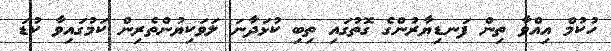
ހުކުމް އިއްވާ ތިން ފަނޑިޔާރުންގެ ގޮތުގައި ތިބި ކުޅަދާނަ ލަވަކިޔުންތެރިން ކަމުގައިވާ ކުޑަ